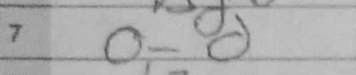
Transcription: O-O